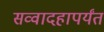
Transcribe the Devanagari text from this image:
सव्वादहापर्यंत